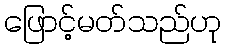
ဖြောင့်မတ်သည်ဟု